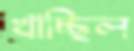
খাচ্ছিল